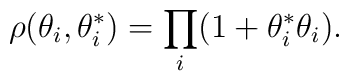
\rho(\theta_{i},\theta^{*}_{i})=\prod_{i}(1+\theta^{*}_{i}\theta_{i}).